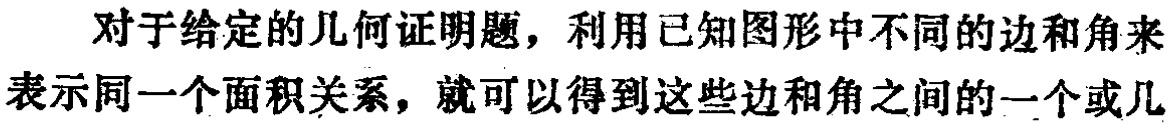
对于给定的几何证明题，利用已知图形中不同的边和角来表示同一个面积关系，就可以得到这些边和角之间的一个或几